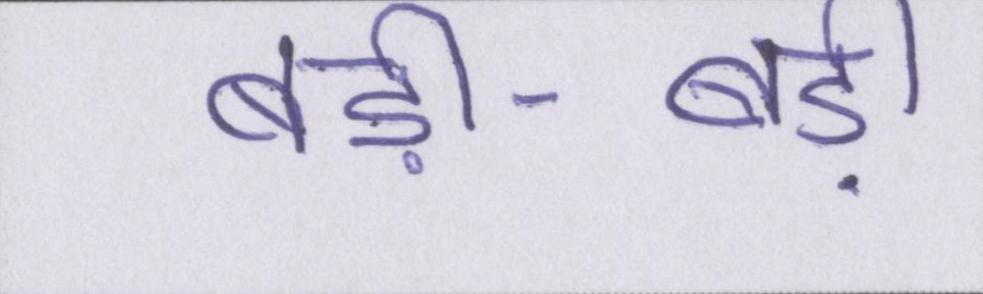
बड़ी-बड़ी